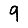
Digit: 9